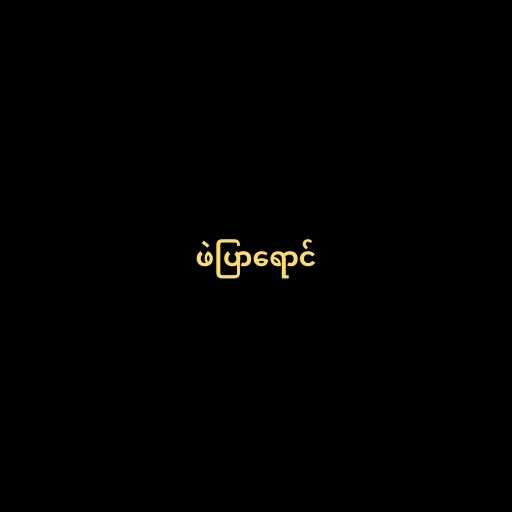
ဖဲပြာရောင်